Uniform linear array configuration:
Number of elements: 12
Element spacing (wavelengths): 0.5
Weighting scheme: hann
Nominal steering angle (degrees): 30
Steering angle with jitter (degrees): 28.294
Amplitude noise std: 0.05
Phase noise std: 0.05

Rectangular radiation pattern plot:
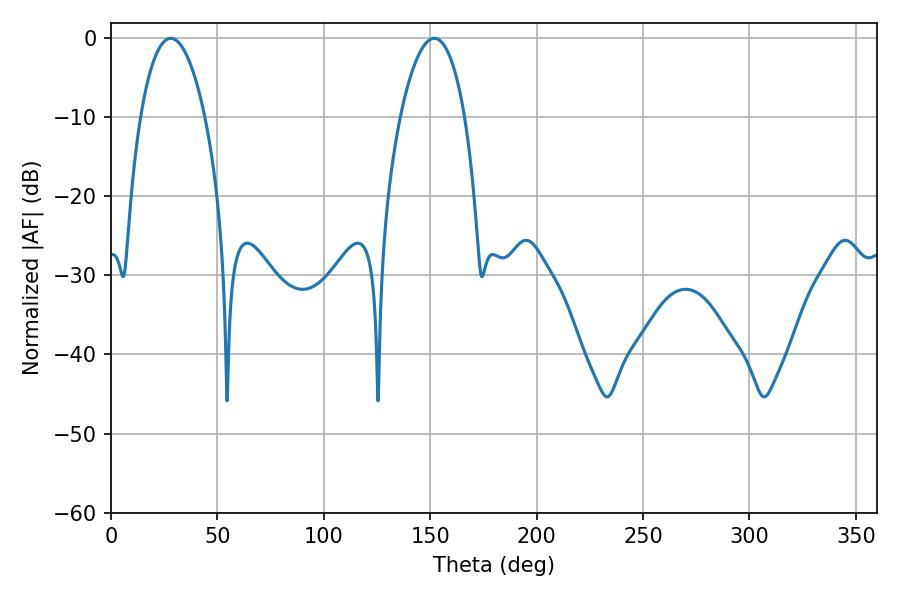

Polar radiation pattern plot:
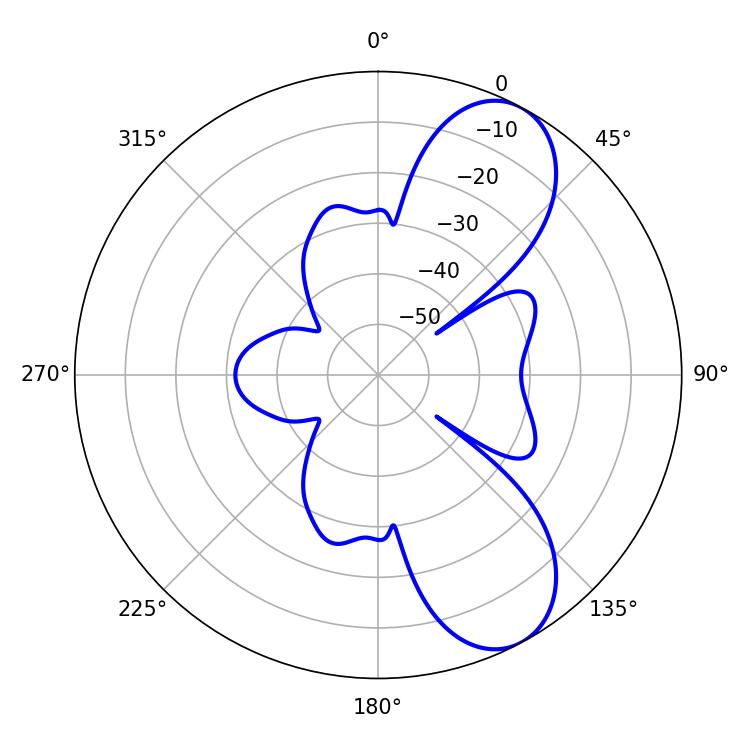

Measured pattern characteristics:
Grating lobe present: FALSE
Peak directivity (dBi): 8.268
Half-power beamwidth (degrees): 16.92
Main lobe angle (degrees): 28.08